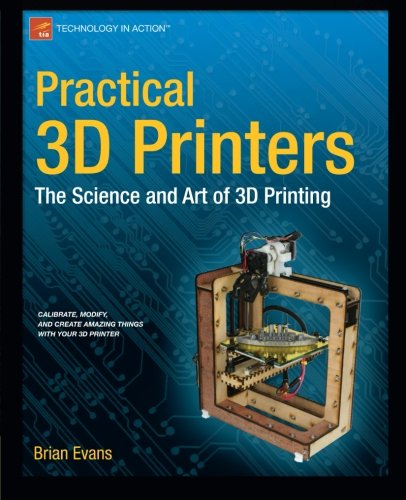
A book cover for Practical 3D Printers: The Science and Art of 3D Printing (Technology in Action); Brian Evans; Computers & Technology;